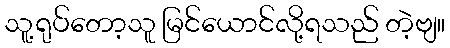
သူ့ရုပ်တော့သူ မြင်ယောင်လို့ရသည် တဲ့ဗျ။